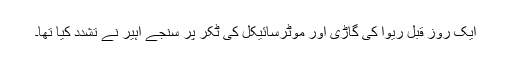
ایک روز قبل ریوا کی گاڑی اور موٹرسائیکل کی ٹکر پر سنجے آہیر نے تشدد کیا تھا۔